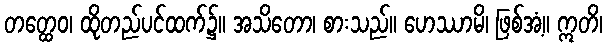
တတ္ထေဝ၊ ထိုတည်ပင်ထက်၌။ အသိတော၊ စားသည်။ ဟေဿာမိ၊ ဖြစ်အံ့။ ဣတိ၊